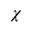
\chi